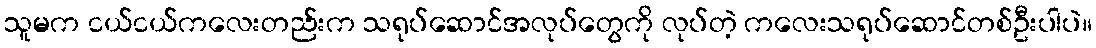
သူမက ငယ်ငယ်ကလေးတည်းက သရုပ်ဆောင်အလုပ်တွေကို လုပ်တဲ့ ကလေးသရုပ်ဆောင်တစ်ဦးပါပဲ။